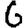
Digit: 6